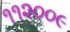
૧૧૨૦૦૯